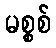
မစ္စစ်